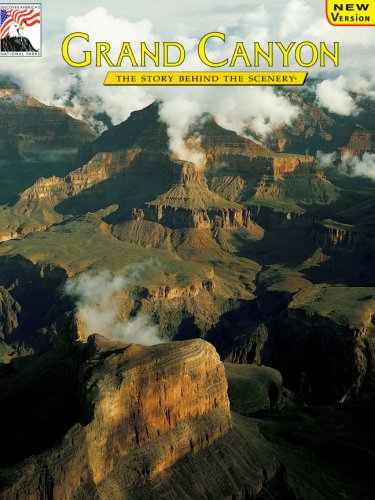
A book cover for Grand Canyon: The Story Behind the Scenery; L. Greer Price; Travel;